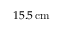
1 5 . 5 \, \mathrm { c m }